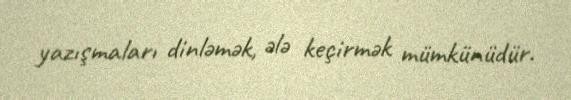
yazışmaları dinləmək, ələ keçirmək mümkünüdür.